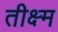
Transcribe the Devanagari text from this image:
तीक्ष्म